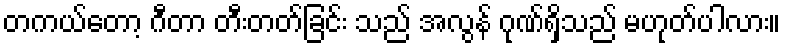
တကယ်တော့ ဂီတာ တီးတတ်ခြင်း သည် အလွန် ဂုဏ်ရှိသည် မဟုတ်ပါလား။